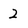
Character: 2